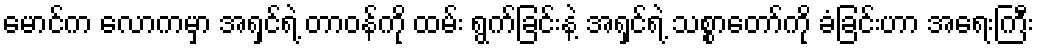
မောင်က လောကမှာ အရှင်ရဲ့ တာဝန်ကို ထမ်း ရွက်ခြင်းနဲ့ အရှင်ရဲ့ သစ္စာတော်ကို ခံခြင်းဟာ အရေးကြီး